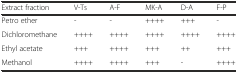
<table><thead><tr><td><b>Extract fraction</b></td><td><b>V-Ts</b></td><td><b>A-F</b></td><td><b>MK-A</b></td><td><b>D-A</b></td><td><b>F-P</b></td></tr></thead><tbody><tr><td>Petro ether</td><td>-</td><td>-</td><td>++++</td><td>+++</td><td>-</td></tr><tr><td>Dichloromethane</td><td>++++</td><td>++++</td><td>++++</td><td>++++</td><td>++++</td></tr><tr><td>Ethyl acetate</td><td>+++</td><td>++++</td><td>+++</td><td>++</td><td>+++</td></tr><tr><td>Methanol</td><td>++++</td><td>++++</td><td>+++</td><td>-</td><td>++++</td></tr></tbody></table>